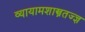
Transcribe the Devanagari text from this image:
व्यायामशास्त्रतज्ज्ञ